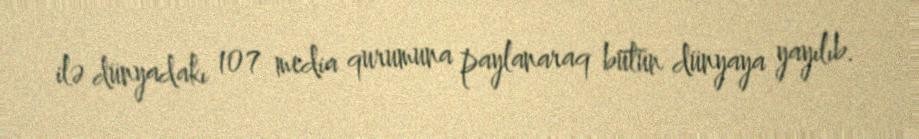
ilə dünyadakı 107 media qurumuna paylanaraq bütün dünyaya yayılıb.